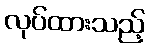
လုပ်ထားသည့်